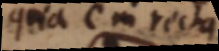
quia C in recta